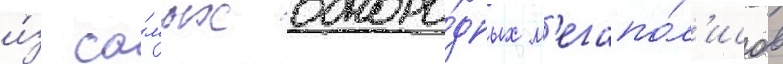
и́з са́мых одноро́дных м'егапо́л'исов